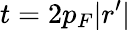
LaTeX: t=2p_{F}|r^{\prime}|